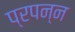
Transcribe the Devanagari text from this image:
प्रपन्न